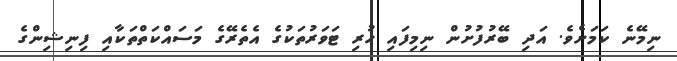
ނިމޭނެ ކަމަށެވެ. އަދި ބޭރުފުށުން ނިމިފައި ހުރި ޓަވަރުތަކުގެ އެތެރޭގެ މަސައްކަތްތަކާއި ފިނިޝިންގެ